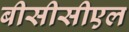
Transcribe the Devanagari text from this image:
बीसीसीएल